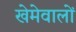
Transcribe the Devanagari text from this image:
खेमेवालों